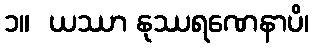
၁။  ယဿာ နုဿရဏေနာပိ၊